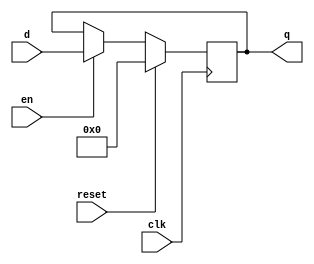
`timescale 1ns / 1ps
//////////////////////////////////////////////////////////////////////////////////
// Company: 
// Engineer: 
// 
// Design Name: 
// Module Name: flopenr
// Project Name: 
// Target Devices: 
// Tool Versions: 
// Description: 
// 
// Dependencies: 
// 
// Revision:
// Revision 0.01 - File Created
// Additional Comments:
// 
//////////////////////////////////////////////////////////////////////////////////


module flopenr #(parameter WIDTH = 8)
                (input clk, reset,
                 input en,
                 input [WIDTH - 1 : 0] d,
                 output reg [WIDTH - 1 : 0] q);
    always@(posedge clk)
        if(reset)   q <= 0;
        else if(en) q <= d;
endmodule